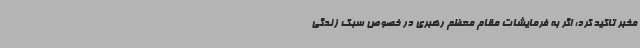
مخبر تاکید کرد: اگر به فرمایشات مقام معظم رهبری در خصوص سبک زندگی